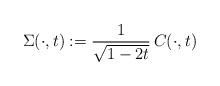
LaTeX: \begin{align*}\Sigma(\cdot, t):= \dfrac{1}{\sqrt{1-2t}} \,C(\cdot,t)\end{align*}